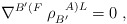
\begin{align*}\nabla^{B'(F} \; \rho_{B'}^{\; \; \; A)L}=0 \; ,\end{align*}